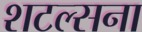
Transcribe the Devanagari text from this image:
शटल्सना